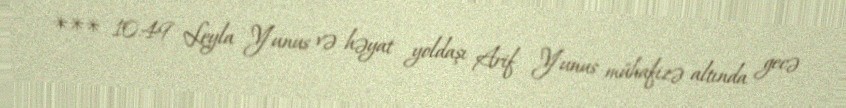
*** 10.49 Leyla Yunus və həyat yoldaşı Arif Yunus mühafizə altında gecə